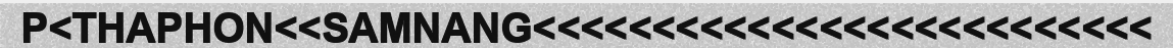
P<THAPHON<<SAMNANG<<<<<<<<<<<<<<<<<<<<<<<<<<